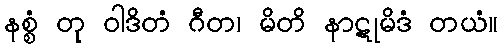
နစ္စံ တု ဝါဒိတံ ဂီတ၊ မိတိ နာဋုမိဒံ တယံ။